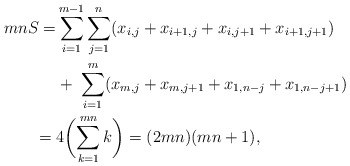
\begin{align*}mnS = &\sum_{i=1}^{m-1} \sum_{j=1}^{n} ( x_{i,j} + x_{i+1,j} + x_{i,j+1} + x_{i+1,j+1}) \\ &+ \; \sum_{i=1}^{m} ( x_{m,j} + x_{m,j+1} + x_{1,n-j} + x_{1,n-j+1}) \; \\ = \; &4\biggl( \sum_{k=1}^{mn} k \biggr) = (2mn)(mn+1),\end{align*}